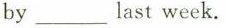
by\underlinelast week.